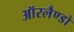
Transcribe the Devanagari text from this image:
ऑरलैण्डो